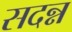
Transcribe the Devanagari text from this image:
सदन्न